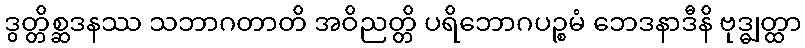
ဒွတ္တိစ္ဆဒနဿ သဘာဂတာတိ အဝိညတ္တိ ပရိဘောဂပဉ္စမံ ဘေဒနာဒီနိ ဗုဒ္ဓျတ္ထာ